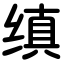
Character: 缜